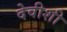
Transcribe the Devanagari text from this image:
देवीशी